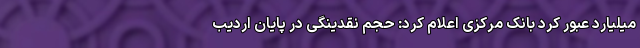
میلیارد عبور کرد بانک مرکزی اعلام کرد: حجم نقدینگی در پایان اردیب